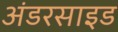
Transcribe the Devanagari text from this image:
अंडरसाइड